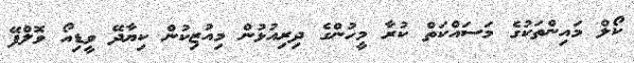
ކޯލް މައިންތަކުގެ މަސައްކަތް ކުރާ މީހުންގެ ދިރިއުޅުން މިއުޒިކުން ކިޔާދޭ ވީޑިއޯ ވޮލްފޭ